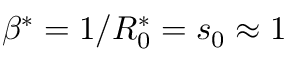
\beta ^ { * } = 1 / R _ { 0 } ^ { * } = s _ { 0 } \approx 1